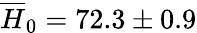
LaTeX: \overline{{H}}_{0}=72.3\pm 0.9